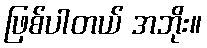
ဖြစ်ပါတယ် အဘိုး။